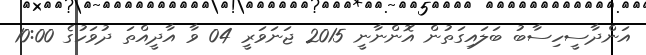
އަންދާސީހިސާބު ބަލައިގަތުން އޮންނާނީ 2015 ޖަނަވަރީ 04 ވާ އާދީއްތަ ދުވަހުގެ 10:00